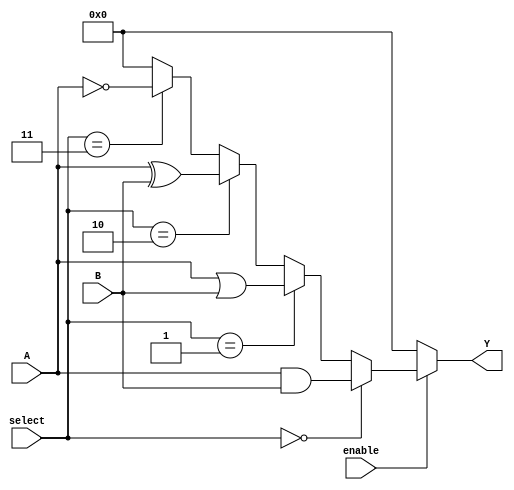
module CLB (
    input wire [3:0] A,          // Input signals (4-bit)
    input wire [3:0] B,          // Input signals (4-bit)
    input wire [1:0] select,     // Select signal for logic function
    input wire enable,            // Enable signal for the CLB
    output wire [3:0] Y          // Output signals (4-bit)
);

// Internal signals for logic functions
wire [3:0] and_result;
wire [3:0] or_result;
wire [3:0] xor_result;
wire [3:0] not_result;

// Logic function implementations
assign and_result = A & B;     // AND operation
assign or_result  = A | B;     // OR operation
assign xor_result  = A ^ B;    // XOR operation
assign not_result  = ~A;        // NOT operation

// Output selection based on the select signal
assign Y = (enable) ? 
           (select == 2'b00 ? and_result :
            select == 2'b01 ? or_result :
            select == 2'b10 ? xor_result :
            select == 2'b11 ? not_result : 4'b0000) : 4'b0000;

endmodule